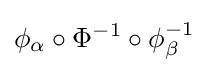
\phi _{\alpha }\circ \Phi ^{-1}\circ \phi _{\beta }^{-1}